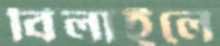
বিলাইলে